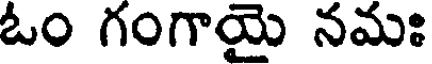
ఓం గంగాయై నమః